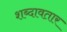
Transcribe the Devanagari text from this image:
शब्दावतार